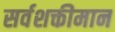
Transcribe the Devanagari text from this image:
सर्वशक्तीमान